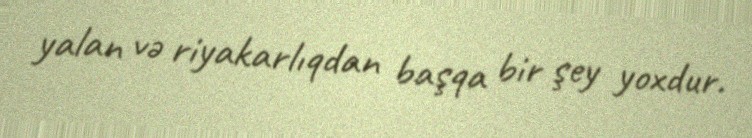
yalan və riyakarlıqdan başqa bir şey yoxdur.